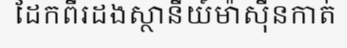
ដែកពីរដងស្ថានីយ៍ម៉ាស៊ីនកាត់